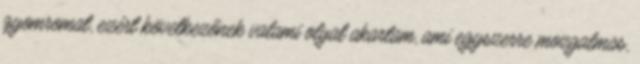
gyomromat, ezért következőnek valami olyat akartam, ami egyszerre mozgalmas,